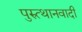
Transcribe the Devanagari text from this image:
पुरुत्थानवादी